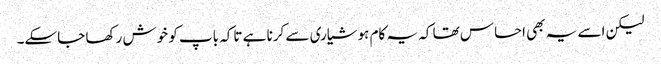
لیکن اسے یہ بھی احساس تھا کہ یہ کام ہوشیاری سے کرنا ہے تاکہ باپ کو خوش رکھا جاسکے۔